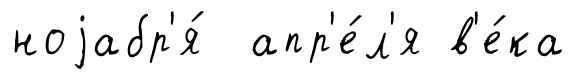
ноjабр'я́ апр'е́л'я в'е́ка